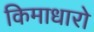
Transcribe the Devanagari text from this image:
किमाधारो